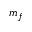
m _ { f }